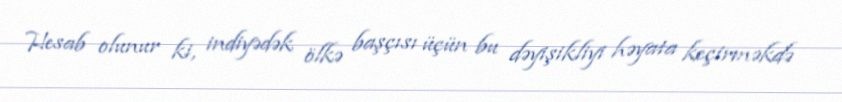
Hesab olunur ki, indiyədək ölkə başçısı üçün bu dəyişikliyi həyata keçirməkdə